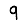
Digit: 9